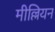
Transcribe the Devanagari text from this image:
मील्लियन